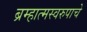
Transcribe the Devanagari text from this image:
ब्रम्हात्मस्वरुपाचे